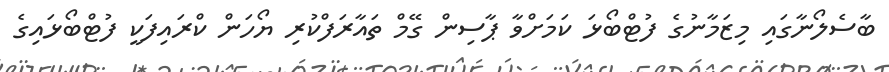
ބާސެލޯނާގައި މިޒަމާނުގެ ފުޓްބޯޅަ ކަމަށްވާ ޕާސިން ގޭމް ތައާރަފްކުރި ޔޯހަން ކްރައިފަކީ ފުޓްބޯޅައިގެ